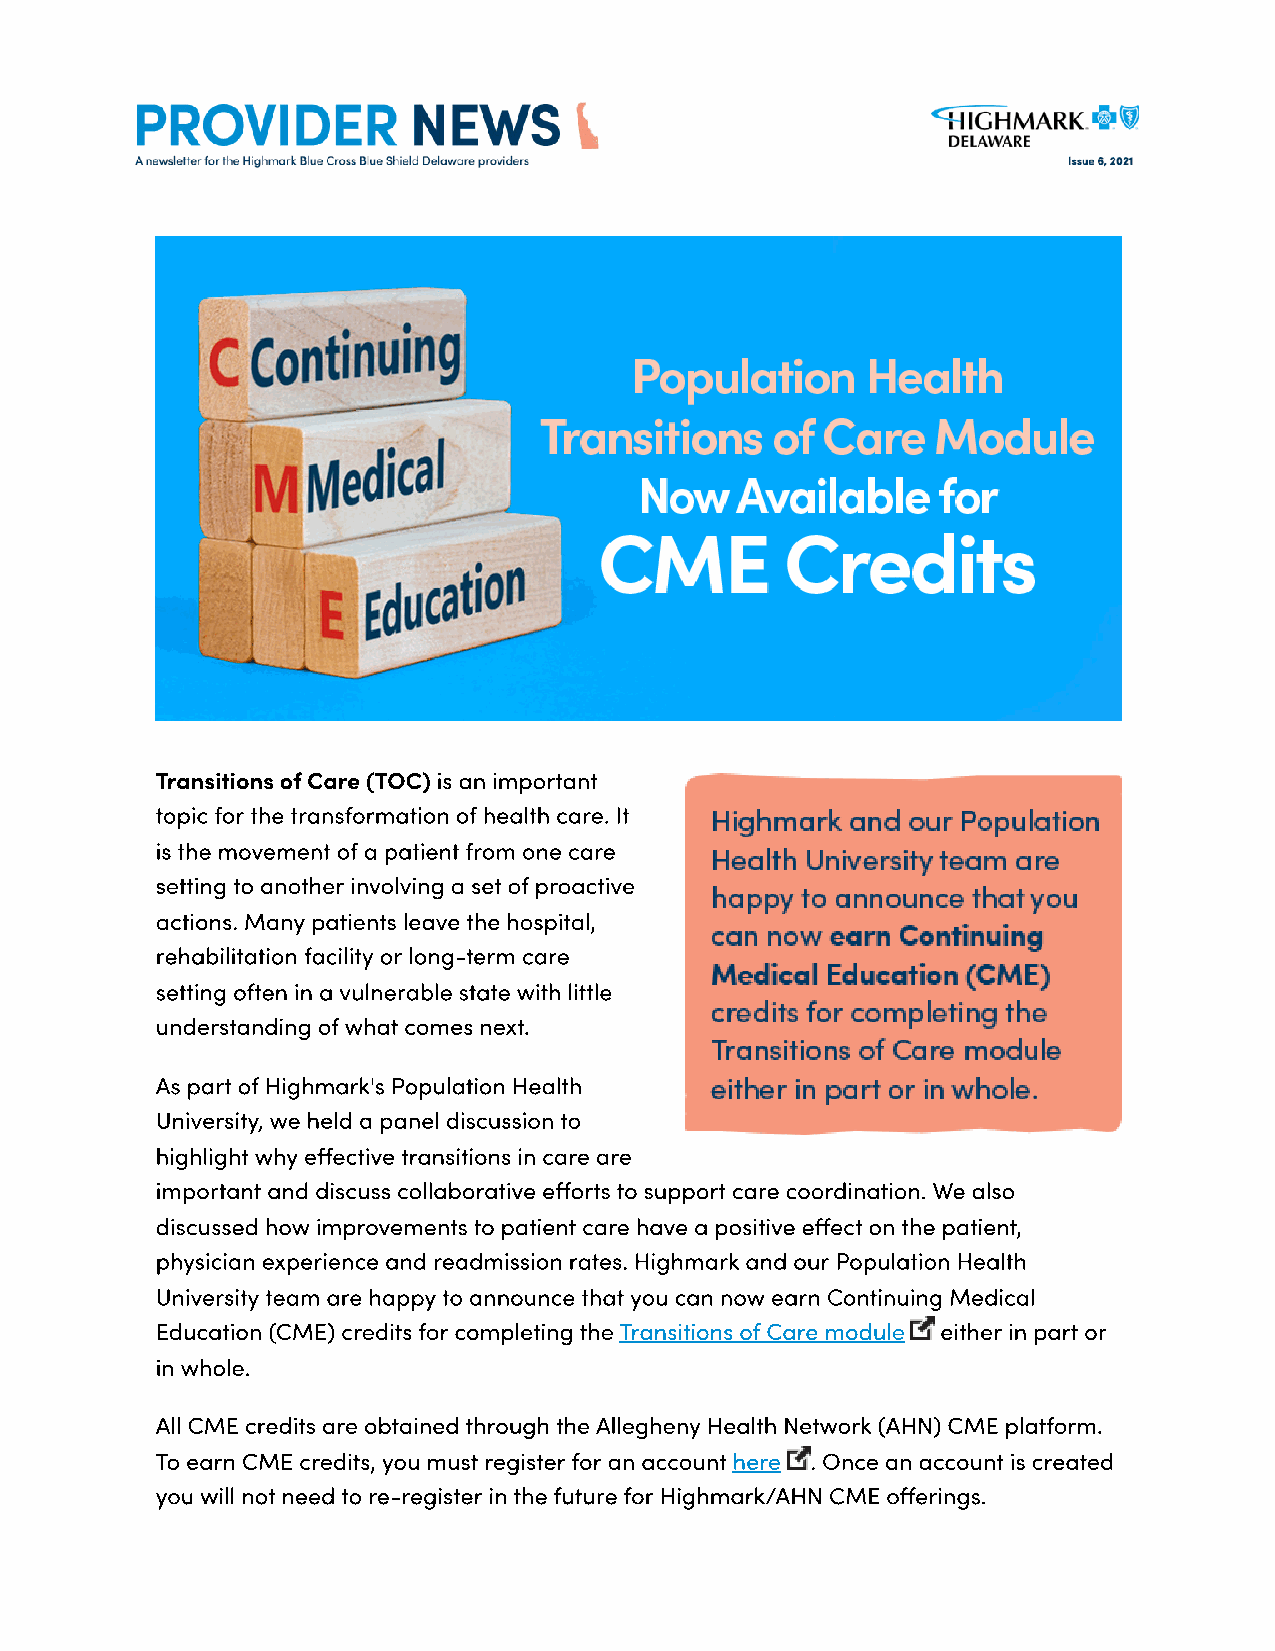
Transitions of Care (TOC) is an important
 topic for the transformation of health care. It
 is the movement of a patient from one care
 setting to another involving a set of proactive
 actions. Many patients leave the hospital,
 rehabilitation facility or long-term care
 setting often in a vulnerable state with little
 understanding of what comes next.
 As part of Highmark's Population Health
 University, we held a panel discussion to
 highlight why eective transitions in care are
 important and discuss collaborative eorts to support care coordination. We also
 discussed how improvements to patient care have a positive eect on the patient,
 physician experience and readmission rates. Highmark and our Population Health
 University team are happy to announce that you can now earn Continuing Medical
 Education (CME) credits for completing the Transitions of Care module either in part or
 in whole.
 All CME credits are obtained through the Allegheny Health Network (AHN) CME platform.
 To earn CME credits, you must register for an account here . Once an account is created
 you will not need to re-register in the future for Highmark/AHN CME oerings.